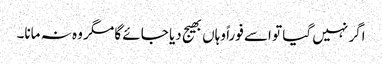
اگر نہیں گیا تو اسے فوراً وہاں بھیج دیا جائے گا مگر وہ نہ مانا۔